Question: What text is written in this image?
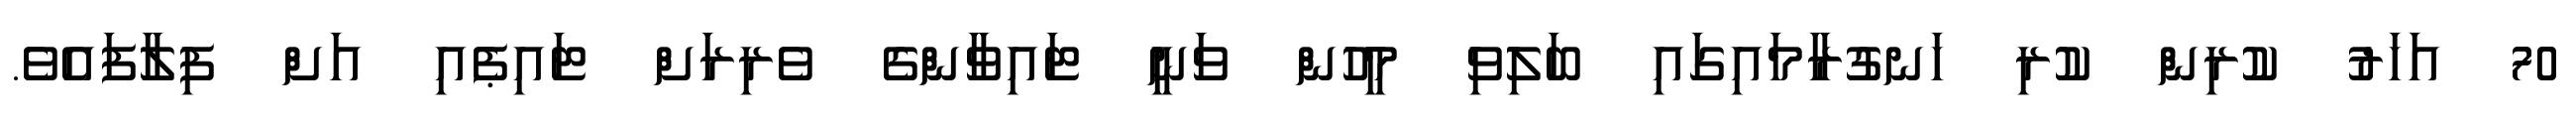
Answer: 70 އަހަރު ކުރިން ކުރި ހަނގުރާމައިގައި ބަލިވި މީހުން ވަނީ ޓައިވާންގެ ވެރިރަށް ޓައިޕެއި އަށް ފިލާފައެވެ.